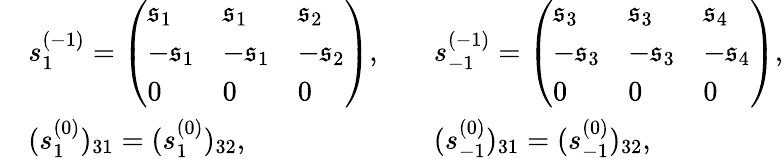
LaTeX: \begin{array}{rlrl}&{s_{1}^{(-1)}=\left(\begin{array}{lll}{\mathfrak{s}_{1}}&{\mathfrak{s}_{1}}&{\mathfrak{s}_{2}}\\ {-\mathfrak{s}_{1}}&{-\mathfrak{s}_{1}}&{-\mathfrak{s}_{2}}\\ {0}&{0}&{0}\end{array}\right),}&&{s_{-1}^{(-1)}=\left(\begin{array}{lll}{\mathfrak{s}_{3}}&{\mathfrak{s}_{3}}&{\mathfrak{s}_{4}}\\ {-\mathfrak{s}_{3}}&{-\mathfrak{s}_{3}}&{-\mathfrak{s}_{4}}\\ {0}&{0}&{0}\end{array}\right),}\\ &{(s_{1}^{(0)})_{31}=(s_{1}^{(0)})_{32},}&&{(s_{-1}^{(0)})_{31}=(s_{-1}^{(0)})_{32},}\end{array}